Calcutta medical institutions reports 1892-1900
Year: 1892
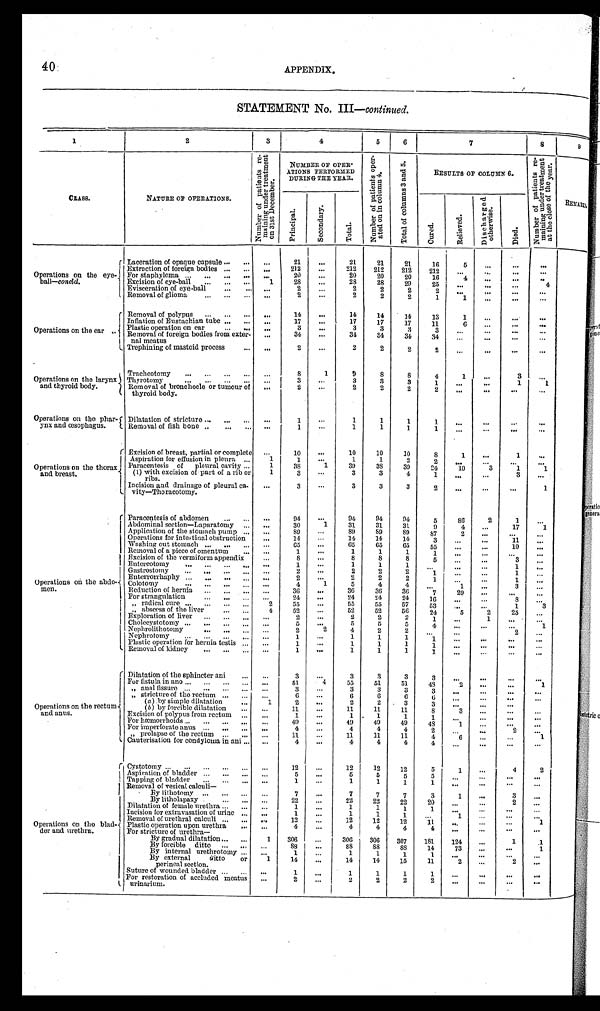
4 0
APPENDIX.
STATEMENT No. III— continued.
1
2
3
4
5
6
7
8
9
CLASS.
NATURE OF OPERATIONS.
N u m b e r o f p a t i e n t s r e - m i n i n g u n d e r t r e a t m e n t o n 3 1 s t D e c e m b e r .
NUMBER OF OPER-
ATIONS PERFORMED
DURING THE YEAR.
N u m b e r o f p a t i e n t s o p e r - a t e d o n i n c o l u m n s 4 . T o t a l o f c o l u m n s 3 a n d 5 .
RESULTS OF COLUMN 6.
N u m b e r o f p a t i e n t s r e - m i n i n g u n d e r t r e a t m e n t a t t h e c l o s e o f t h e y e a r .
REMARKS.
Principal.
S e c o n d a r y .
Total.
Cured.
R e l i e v e d . D i s c h a r g e d o t h e r w i s e .
Died.
Operations on the eye-
ball—concld.
Laceration of opaque capsule
...
21
...
21
21
21
16
5 ...
...
...
Extraction of foreign bodies
...
212
...
212
212
212
212 ...
... ...
...
For staphyloma
...
20
...
20
20
20
16
4
... ...
...
...
Excision of eye-ball
1
28
...
28
28
29
25
...
...
...
4
Evisceration of eye-bal
...
2 ...
2
2
2
2
...
...
...
...
Removal of glioma
...
2
...
2
2
2
1
1 ...
...
...
Operations on the ear
Removal of polypus
...
14
...
14
14
14
13
1
... ...
...
Inflation of Eustachian tube
...
17
...
17
17
17
11
6 ... ...
...
Plastic operation on ear
...
3
...
3
3
3
3 ...
...
...
...
Removal of foreign bodies from exter-
nal meatus
...
34 ...
34
34
34
34 ...
...
...
...
Trephining of mastoid process
...
2
...
2
2
2
2
... ...
...
...
Operations on the larynx
and thyroid body.
Tracheotomy
...
8
1
9
8
8
4
1
...
3
...
Thyrotomy
...
3
...
3
3
3
1
...
...
1
1
Removal of bronchocle or tumour of
thyroid body.
...
2
...
2
2
2
2
...
...
...
...
Operations on the phar-
ynx and œsophagus.
Dilatation of stricture
...
1
...
1
1
1
1
...
...
...
...
Removal of fish bone
...
1
...
1
1
1
1
...
...
...
...
Operations on the thorax
and breast.
Excision of breast, partial or complete ...
10
...
10
10
10
8
1
...
1
...
Aspiration for effusion in pleura
1
1
...
1
1
2
2
... ... ... ...
Paracentesis of pleural cavity
1
38
1
39
38
39
24
10
3
1
1
(1) with excision of part of a rib or
ribs.
1
3
...
3
3
4
1
...
...
3
...
Incision and drainage of pleural ca-
vity—Thoracotomy.
...
3
...
3
3
3
2
...
...
...
1
Operations on the abdo-
men.
Paracentesis of abdomen
...
94
...
94
94
94
5
86
2
1
...
Abdominal section—Laparatomy
...
30
1
31
31
31
9
4 ...
17
1
Application of the stomach pump
...
89
...
89
89
89
87
2
...
...
...
Operations for intestinal obstruction
...
14
...
14
14
14
3
...
...
11
...
Washing out stomach
...
65
...
65
65
65
55
...
...
10
...
Removal of a piece of omentum
...
1
...
1
1
1
1
... ... ...
...
Excision of the vermiform appendix ...
8 ...
8
8
8
5 ... ...
3
...
Entereotomy
...
1
...
1
1
1 1
...
...
1
...
Gastrostomy
...
2
...
2
2
2
1
...
...
1
...
Enterrorrhaphy
...
2
...
2
2
2
1
...
...
1
...
Colotomy
...
4
1
5
4
4
...
1
...
3
...
Reduction of hernia
...
36
...
36
36
36
7
29
...
...
...
For strangulation
...
24
...
24
24
24
16
... ...
8 ...
" radical cure
2
55 ...
55
55
57
53 ... ...
1
3
" abscess of the liver 4
52
...
52
52
56
24
5
2
25
...
Exploration of liver
...
2
...
2
2
2
1
...
1
... ...
Cholecystotomy
...
5
...
5
5
5
4
...
...
...
1
Nephrolithotomy
...
2
2
4
2
2
...
... ...
2
...
Nephrotomy
...
1
...
1
1
1
1
...
...
...
...
Plastic operation for hernia testis
...
1
...
1
1
1
1
...
...
... ...
Removal of kidney
...
1
...
1
1
1
1
...
...
...
...
Operations on the rectum
and anus.
Dilatation of the sphincter ani
...
3
...
3
3
3
3
...
...
...
...
For fistula in ano
... 51 51
4
55
51
51
48
2
...
...
1
" anal fissure
...
3
...
3
3
3
3 ... ...
...
...
" stricture of the rectum
...
6
...
6
6
6
6 ... ...
...
...
(a) by simple dilatation
1
2
...
2
2
3
3
...
...
... ...
( b ) by forcible dilatation
...
11
...
11
11
11
8
3
...
... ...
Excision of polypus from rectum
...
1 ...
1
1
1
1 ...
...
...
...
For hæmorrhoids
...
49
...
49
49
49
48
1 ... ... ...
For imperforate anus
...
4
...
4
4
4
2 ... ...
2
...
" prolapse of the rectum
...
11
...
11
11
11
4
6
...
...
1
Cauterisation for condyloma in ani ...
4
...
4
4
4
... ...
...
...
...
Operations on the blad-
der and urethra.
Cystotomy
...
12
...
12
12
12
5
1
...
4
2
Aspiration of bladder
...
5
...
5
5
5
5 ... ...
...
...
Tapping of bladder
...
1 ...
1
1
1
1
...
...
...
...
Removal of vesical calculi—
By lithotomy
...
7
...
7
7
7
3
1
...
3
...
By litholapaxy
...
22
...
22
22
22
20 ...
...
2
...
Dilatation of female urethra
...
1
...
1
1
1
1
... ... ... ...
Incision for extravasation of urine
...
1 ...
1
1
1 ...
1
...
... ...
Removal of urethral calculi
...
12
...
12
12
12
11 ... ... ...
... 1
Plastic operation upon urethra
...
4 ...
4
4
4
4 ...
...
... ...
For stricture of urethra—
By gradual dilatation
1
306
...
306
306
307
181
124
...
1 1
By forcible ditto
...
88
...
88 88
88
14 73 ... ... 1
By internal urethrotomy
...
1 ...
1
1
1
1
73
...
...
...
B y externald i t t o o r
perineal section.
1
14
...
14
14
15
11
2
...
2
...
Suture of wounded bladder
...
1
...
1
1
1
1
...
...
... ...
For restoration of accluded meatus
urinarium.
...
2
...
2
2
2
2
...
...
... ...